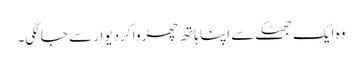
وہ ایک جھٹکے سے اپنا ہاتھ چھڑوا کر دیوار سے جا لگی۔